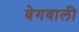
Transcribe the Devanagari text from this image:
वेगवाली